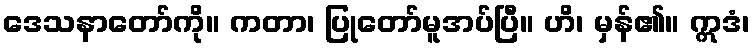
ဒေသနာတော်ကို။ ကတာ၊ ပြုတော်မူအပ်ပြီ။ ဟိ၊ မှန်၏။ ဣဒံ၊